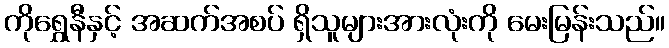
ကိုရွှေနီနှင့် အဆက်အစပ် ရှိသူများအားလုံးကို မေးမြန်းသည်။